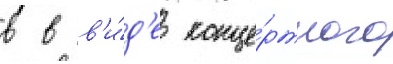
в в в'и́д'е конце́ртного